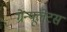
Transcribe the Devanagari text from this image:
ग्रेन्यूलेटस